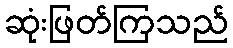
ဆုံးဖြတ်ကြသည်